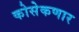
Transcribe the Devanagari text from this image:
कोसेकणार